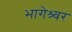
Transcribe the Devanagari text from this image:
भागेश्र्वर